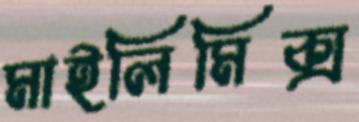
মাইলিমিক্স